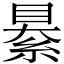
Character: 䋰